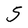
Character: 5